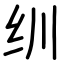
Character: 𬘓